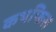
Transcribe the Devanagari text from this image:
कथफिस